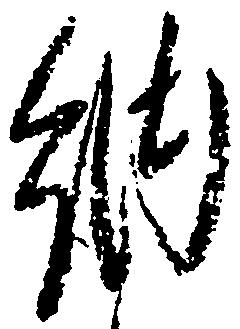
納